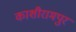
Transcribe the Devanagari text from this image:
काशीरामपुर